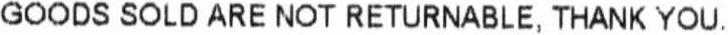
GOODS SOLD ARE NOT RETURNABLE, THANK YOU.